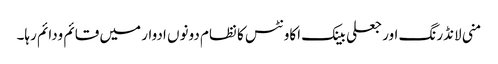
منی لانڈرنگ اور جعلی بینک اکاونٹس کا نظام دونوں ادوار میں قائم ودائم رہا۔